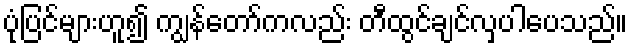
ပုံပြင်များဟူ၍ ကျွန်တော်ကလည်း တီထွင်ချင်လှပါပေသည်။